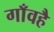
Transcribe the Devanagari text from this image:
गाँवहै